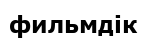
фильмдік